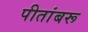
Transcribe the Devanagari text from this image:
पीतांबरू